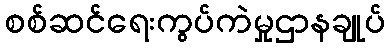
စစ်ဆင်ရေးကွပ်ကဲမှုဌာနချုပ်